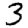
Digit: 3